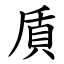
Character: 貭